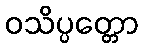
ဝသိပ္ပတ္တော